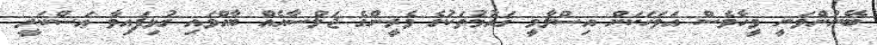
ބޭނުންވަނީ ވީހާވެސް އަވަހަކަށް އިސްލާމީ ޤައުމުތަކުގެ ވެރީންގެ ޖަލްސާއެއް ބާއްވައި ގުޅިފައިވާ ޢަސްކަރީ